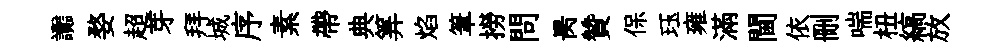
讟婺超芽拜城序素帶典筭焰筆撈問昺贊保珏雍滿閫依删喘杻縞放